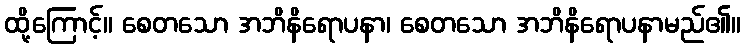
ထို့ကြောင့်။ စေတသော အဘိနိရောပနာ၊ စေတသော အဘိနိရောပနာမည်၏။